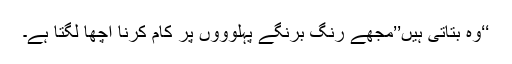
‘‘وہ بتاتی ہیں’’مجھے رنگ برنگے پہلوؤوں پر کام کرنا اچھا لگتا ہے۔